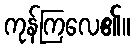
ကုန်ကြလေ၏။